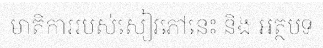
មាតិការរបស់សៀវភៅនេះ និង អត្ថបទ